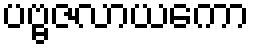
ပဗ္ဗဇလာယကော